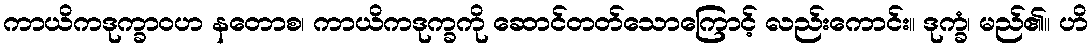
ကာယိကဒုက္ခာဝဟ နတောစ၊ ကာယိကဒုက္ခကို ဆောင်တတ်သောကြောင့် လည်းကောင်း။ ဒုက္ခံ၊ မည်၏။ ဟိ